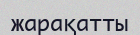
жарақатты